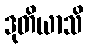
ဒုတိယာသိ